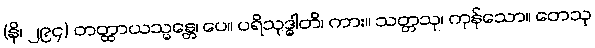
(နိ၊ ၂၉၄) တတ္ထာယသ္မန္တေ၊ ပေ။ ပရိသုဒ္ဓါတိ၊ ကား။ သတ္တသု၊ ကုန်သော။ တေသု